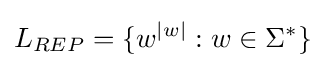
L_{REP}=\{w^{|w|}:w\in \Sigma ^{*}\}